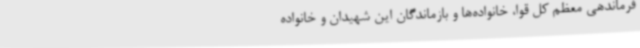
فرماندهی معظم کل قوا، خانواده‌ها و بازماندگان این شهیدان و خانواده